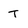
Character: T